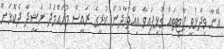
އޭނާ ވިދާޅުވީ ޕާޓީތައް ގުޅިފައިވާ އިއްތިހާދުން ކުރީގެ ރައީސް މުހައްމަދު ނަޝީދާ ދެކޮޅަށް